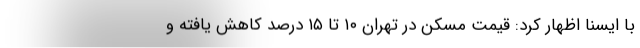
با ایسنا اظهار کرد: قیمت مسکن در تهران ۱۰ تا ۱۵ درصد کاهش یافته و